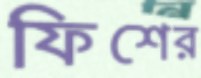
ফিশের